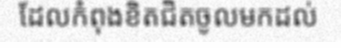
ដែលកំពុងខិតជិតចូលមកដល់